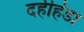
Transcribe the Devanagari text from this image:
दहीहंडा